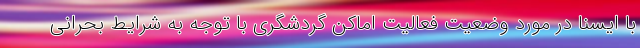
با ایسنا در مورد وضعیت فعالیت اماکن گردشگری با توجه به شرایط بحرانی